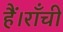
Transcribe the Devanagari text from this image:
हैं।राँची